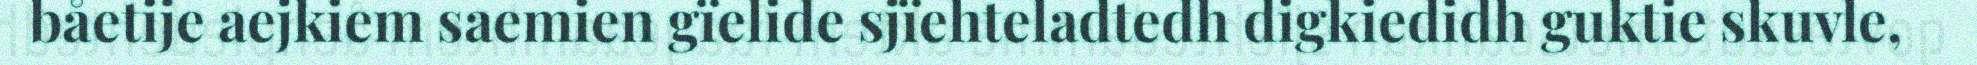
båetije aejkiem saemien gïelide sjïehteladtedh digkiedidh guktie skuvle,